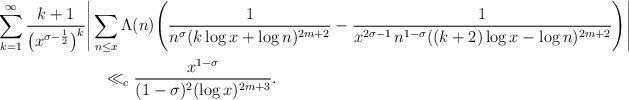
LaTeX: \begin{align*}\displaystyle\sum_{k=1}^{\infty}\dfrac{k+1}{\big(x^{\sigma-\frac{1}{2}}\big)^k}& \Bigg|\displaystyle\sum_{n\leq x}\Lambda(n) \Bigg(\dfrac{1}{n^{\sigma}(k\log x+\log n)^{2m+2}}-\dfrac{1}{x^{2\sigma-1}\,n^{1-\sigma}((k+2)\log x-\log n)^{2m+2}}\Bigg)\Bigg| \\& \ \ \ \ll_{c} \dfrac{x^{1-\sigma}}{(1-\sigma)^{2}(\log x)^{2m+3}}.\end{align*}